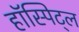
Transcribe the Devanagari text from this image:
हॉस्पिट्ल